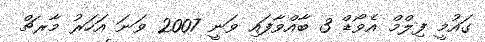
ގައުމީ ފިލްމް އެވޯޑް 3 ބާއްވާފައި ވަނީ 2007 ވަނަ އަހަރު މާރޗް